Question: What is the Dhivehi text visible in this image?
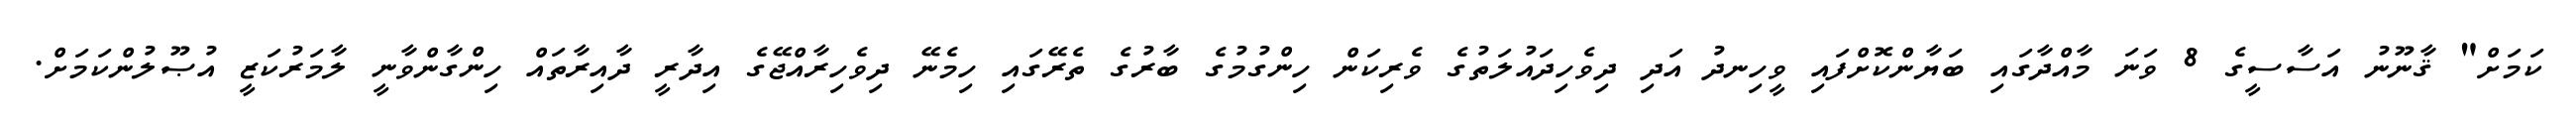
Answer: ކަމަށް" ޤާނޫނު އަސާސީގެ 8 ވަނަ މާއްދާގައި ބަޔާންކޮށްފައި ވީހިނދު އަދި ދިވެހިދައުލަތުގެ ވެރިކަން ހިންގުމުގެ ބާރުގެ ތެރޭގައި ހިމެނޭ ދިވެހިރާއްޖޭގެ އިދާރީ ދާއިރާތައް ހިންގާންވާނީ ލާމަރުކަޒީ އުޞޫލުންކަމަށް.